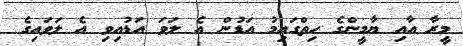
މީރާ އާއި ޔާމީންގެ ހިތްގައިމު އަޑުން އެ ލަވަ އަޑުއިވި އެ ލަވައިގެ